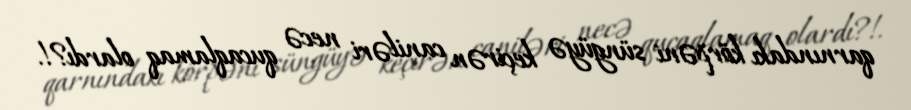
qarnındakı körpəni süngüyə keçirən caniləri necə qucaqlamaq olardı?!.